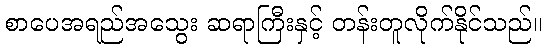
စာပေအရည်အသွေး ဆရာကြီးနှင့် တန်းတူလိုက်နိုင်သည်။